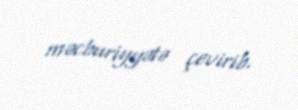
məcburiyyətə çevirib.